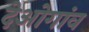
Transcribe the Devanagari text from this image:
देओगांव